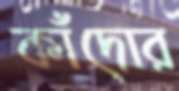
কাঁদোর